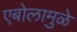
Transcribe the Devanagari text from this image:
एबोलामुळे